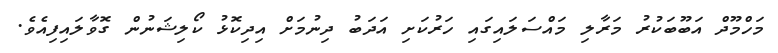
މަހްމޫދް އަބޫބަކުރު މަރާލި މައްސަލައިގައި ހަރުކަށި އަދަބު ދިނުމަށް އިދިކޮޅު ކޯލިޝަނުން ގޮވާލައިފިއެވެ.